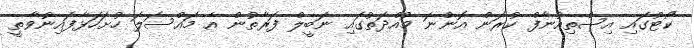
ކޯޓުގައި އިސްތިއުނާފް ކުރަން އޮންނަ މުއްދަތުގައި ނަބީލް ފަރާތުން އެ މައްސަލަ ހުށަހަޅާފައިނުވާތީ